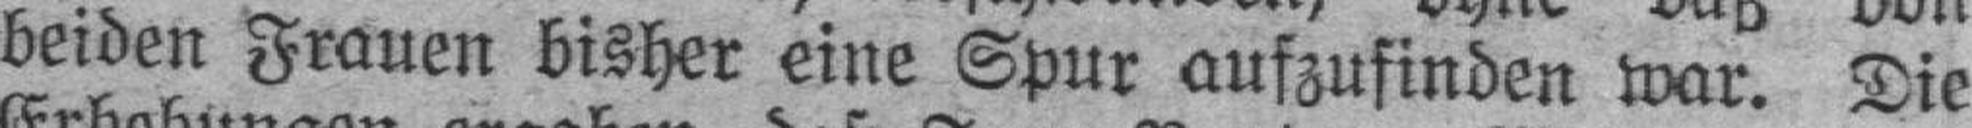
beiden Frauen bisher eine Spur aufzufinden war. Die